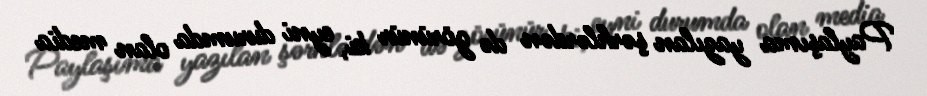
Paylaşıma yazılan şərhlərdən də görünür ki, eyni durumda olan media